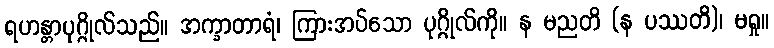
ရဟန္တာပုဂ္ဂိုလ်သည်။ အက္ခာတာရံ၊ ကြားအပ်သော ပုဂ္ဂိုလ်ကို။ န မညတိ (န ပဿတိ)၊ မရှု။